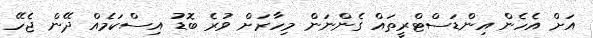
އަށް އެހެން އިންޑަސްޓްރީތައް ގެންނަން މިހާރަށް ވުރެ ބޮޑު އިސްކަމެއް ދޭން ޖެހޭ